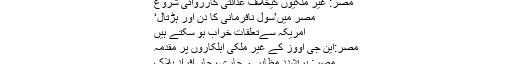
مصر: غیر ملکیوں کیخلاف عدالتی کارروائی شروع
مصر میں’سول نافرمانی کا دن اور ہڑتال‘
امریکہ سےتعلقات خراب ہو سکتے ہیں
مصر:این جی اووز کے غیر ملکی اہلکاروں پر مقدمہ
مصر: پرتشدد مظاہرے جاری، چار افراد ہلاک